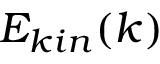
E _ { k i n } ( k )